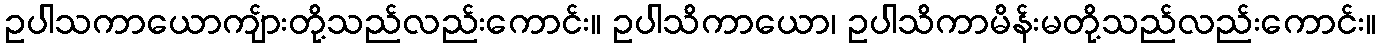
ဥပါသကာယောကျ်ားတို့သည်လည်းကောင်း။ ဥပါသိကာယော၊ ဥပါသိကာမိန်းမတို့သည်လည်းကောင်း။